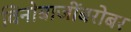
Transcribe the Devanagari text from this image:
विनोबाजींबरोबर